Lunatic asylums Madras 1892-1911 - 1892-1911
Year: 1892
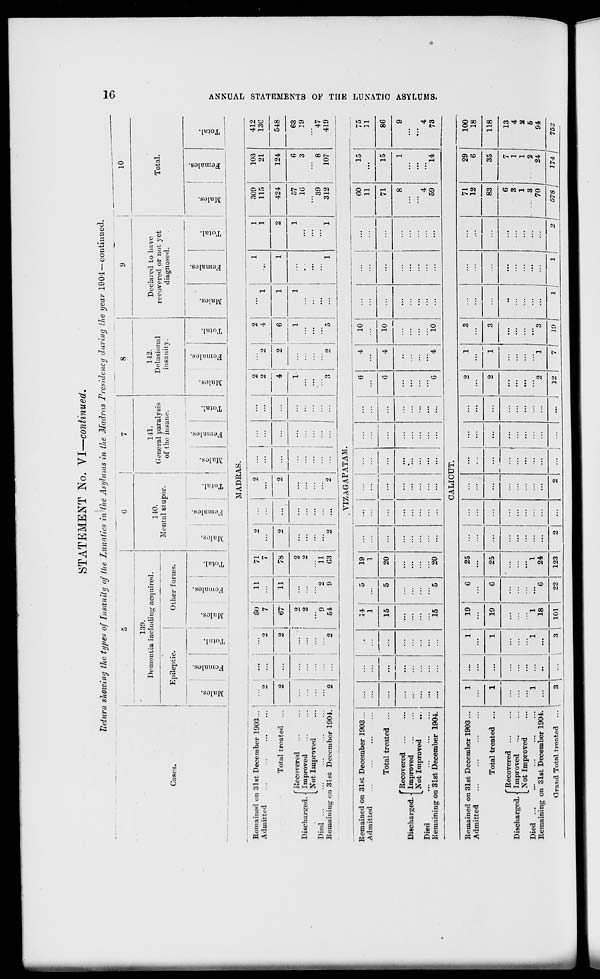
STATEMENT No. VI—continued.
Return showing the type* of Insanity of the lunatics in the Asylums in the Madras Presidency during the year 1904 — continued.
Cases.
i
p
i
G
7
8
9
10
139.
Dementia including acquired.
51 e
a!
140.
141.
General paralysis
of the insane.
142.
Delusional
insanity.
Declared to have
recovered or not yet
diagnosed.
Total.
Epileptic.
Other forms.
ntal stupor.
so
D
IB
0)
o
fa
o
o
^
o
o
«
fa
£-1
33
5
?
61
■a
o
H
60
Females.
rH
a.
m
o
ID
fa
O
CO
©
3
to
01
"3
g
fa
"3
o
EH
CO
1
« o
g
s
fa
1
"2
o
E-i
MADRAS.
Remained on 31st December 1903...
Admitted
Total treated
{Recovered
Improved
Not Improved
Died
Remaining on 31st December 1904.
80
7
l
2
2
9
54
1
11
...
71
7
2
2
...
...
2
2
11
78
2
...
2
2
i-
2
...
...
...
2
11
'"
"... :
9
63
2
...
2
...
...
...
3 I
2
4
2 !
1
1
1 j
...
1
1 I
1
2
1 |
...
1
!!!
'" i
i
309
115
103
21
424
124
57
16
"*39
312
6
3
8
107
412
136
548
63
19
'"47
419
YIZAGAPATAM.
Remained on 31st December 1903...
Admitted
14
1
5
19
1
...
6
4
10
...
...
...
60
11
15
75
11
Total treated ...
...
...
15
5
20
...
...
6
4
10
...
71
15
86
f Recovered
Discharged. < Improved
L Not Improved
Died
Remaining on 31st December 1904.
...
...
...
15
5
20
...
...
"...
...
...
6
"4
10
...
...
8
4
59
1
"*14
9
' 4
73
CALICUT.
Remained on
Admitted
31st December 1903 ...
1
...
1
19
19
6
25
|
::: j :::
...
2
1
1
1
3
...
...
71
12
83
29
6
100
18
Total treated ...
1
...
1
6
25
...
...
...
...
...
2
3
...
...
35
118
Discharged. •
Died ...
Remaining 0
'Recovered ...
Improved
^Xot Improved
n 3l6t December 1904.
1
...
J.
1
18
"6
1
24
...
...
...
:::
...
...
2
3
...
...
:::
6
3
1
3
70
7
1
1
..
2
24
13
4
2
5
94
O rand Total treated
3
3
1
1
101
22
123
2
...
2
... 1 ...
... j
i-
A 19 J A l\ 2 J 578 1 174 1 752
585
!?!
a
t>
tH
CO
w
525
O
raj
5
>
H
Q
>>
OS
r<
f
as